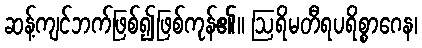
ဆန့်ကျင်ဘက်ဖြစ်၍ဖြစ်ကုန်၏။ ဩရိမတီရပရိစ္စာဂေန၊